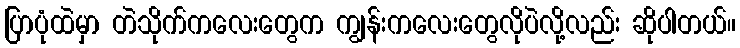
ပြာပုံထဲမှာ တဲသိုက်ကလေးတွေက ကျွန်းကလေးတွေလိုပဲလို့လည်း ဆိုပါတယ်။